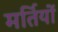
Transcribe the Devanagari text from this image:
मर्तियों